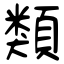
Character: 類